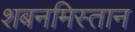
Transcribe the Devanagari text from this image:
शबनमिस्तान